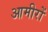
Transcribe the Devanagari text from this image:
आमीरों